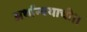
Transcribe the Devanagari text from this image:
अर्थान्वयाची।।